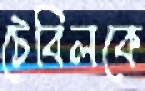
টেবিলকে